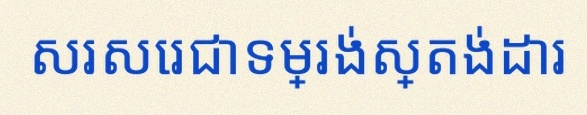
សរសេរជាទម្រង់ស្តង់ដារ